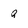
Character: q